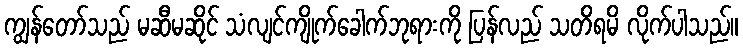
ကျွန်တော်သည် မဆီမဆိုင် သံလျင်ကျိုက်ခေါက်ဘုရားကို ပြန်လည် သတိရမိ လိုက်ပါသည်။